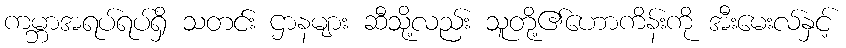
ကမ္ဘာအရပ်ရပ်ရှိ သတင်း ဌာနများ ဆီသို့လည်း သူတို့၏ဟောကိန်းကို အီးမေးလ်နှင့်